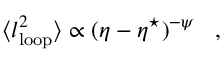
\langle l _ { \mathrm { l o o p } } ^ { 2 } \rangle \propto ( \eta - \eta ^ { \star } ) ^ { - \psi } \, \, \, \, \, , \, \, \, \, \,